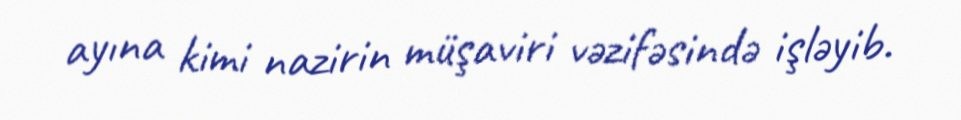
ayına kimi nazirin müşaviri vəzifəsində işləyib.